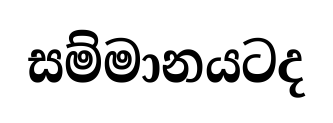
සම්මානයටද